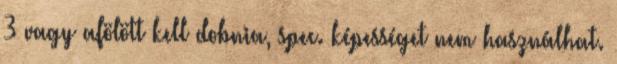
3 vagy afölött kell dobnia, spec. képességet nem használhat.